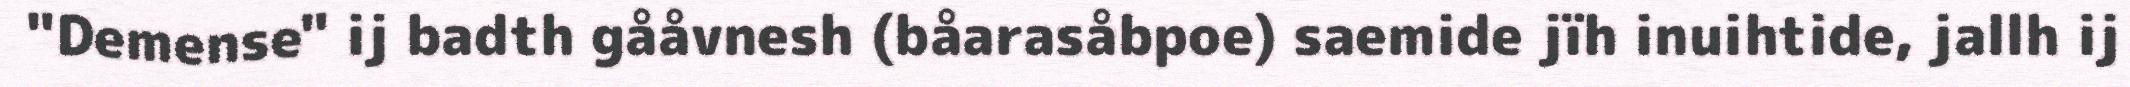
"Demense" ij badth gååvnesh (båarasåbpoe) saemide jïh inuihtide, jallh ij